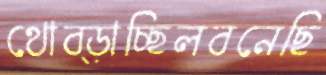
থোব্‌ড়াচ্ছিলবনেছি